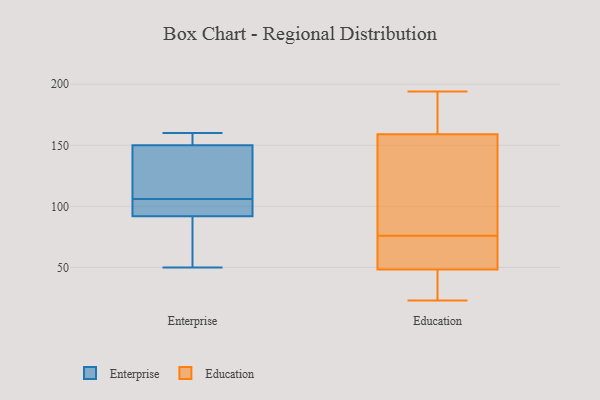
{"axis": {"x": "Inventory Turnover", "y": "Value"}, "legend": ["Education", "Enterprise"], "data": [{"x": "", "y": 92, "type": "Enterprise"}, {"x": "", "y": 140, "type": "Enterprise"}, {"x": "", "y": 50, "type": "Enterprise"}, {"x": "", "y": 101, "type": "Enterprise"}, {"x": "", "y": 111, "type": "Enterprise"}, {"x": "", "y": 159, "type": "Enterprise"}, {"x": "", "y": 89, "type": "Enterprise"}, {"x": "", "y": 150, "type": "Enterprise"}, {"x": "", "y": 92, "type": "Enterprise"}, {"x": "", "y": 160, "type": "Enterprise"}, {"x": "", "y": 60, "type": "Education"}, {"x": "", "y": 46, "type": "Education"}, {"x": "", "y": 23, "type": "Education"}, {"x": "", "y": 194, "type": "Education"}, {"x": "", "y": 159, "type": "Education"}, {"x": "", "y": 159, "type": "Education"}, {"x": "", "y": 37, "type": "Education"}, {"x": "", "y": 76, "type": "Education"}, {"x": "", "y": 161, "type": "Education"}, {"x": "", "y": 111, "type": "Education"}, {"x": "", "y": 55, "type": "Education"}]}